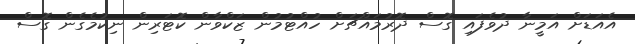
އެއަޑަށް އަމީނާ ދުވެފައި ގޮސް ދޮރުމައްޗަށް ހުއްޓުމުން ޒަކްވާން ކޮޓަރިން ނިކުމެގެން ގޮސް